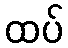
ထပ်